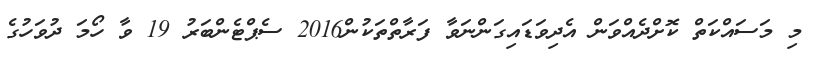
މި މަސައްކަތް ކޮށްދެއްވަން އެދިވަޑައިގަންނަވާ ފަރާތްތަކުން2016 ސެޕްޓެންބަރު 19 ވާ ހޯމަ ދުވަހުގެ